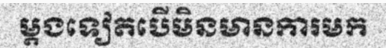
ម្តងទៀតបើមិនមានការមក